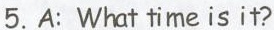
5.A: What time is it?